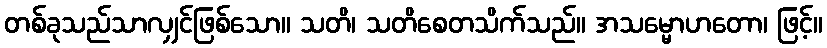
တစ်ခုသည်သာလျှင်ဖြစ်သော။ သတိ၊ သတိစေတသိက်သည်။ အသမ္မောဟတော၊ ဖြင့်။